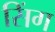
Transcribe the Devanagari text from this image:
सिंग